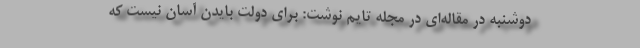
دوشنبه در مقاله‌ای در مجله تایم نوشت: برای دولت بایدن آسان نیست که